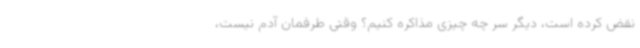
نقض کرده‌ است، دیگر سر چه چیزی مذاکره کنیم؟ وقتی طرفمان آدم نیست،